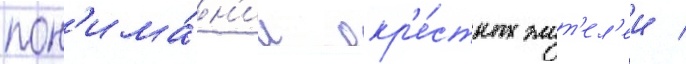
пон'има́н'ии окр'е́стных жит'ел'еи /